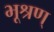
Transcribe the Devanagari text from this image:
भूश्रण्